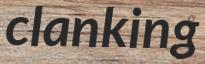
clanking